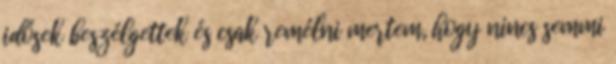
idősek beszélgettek és csak remélni mertem, hogy nincs semmi